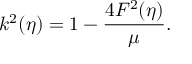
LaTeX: k ^ { 2 } ( \eta ) = 1 - \frac { 4 F ^ { 2 } ( \eta ) } { \mu } .